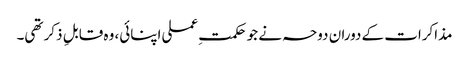
مذاکرات کے دوران دوحہ نے جو حکمتِ عملی اپنائی، وہ قابلِ ذکر تھی۔